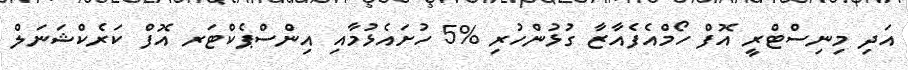
އަދި މިނިސްޓްރީ އޮފް ހޯމްއެފެއާޒާ ގުޅުންހުރި %5 ހުށައެޅުމާއި އިންސްޕެކްޓަރ އޮފް ކަރެކްޝަނަލް